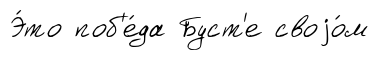
Э́то поб'е́да Буст'е своjо́м